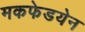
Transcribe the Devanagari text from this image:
मकफेडयेन